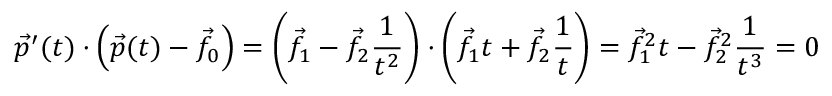
{ \vec { p } } ^ { \prime } ( t ) \cdot \left( { \vec { p } } ( t ) - { \vec { f } } _ { 0 } \right) = \left( { \vec { f } } _ { 1 } - { \vec { f } } _ { 2 } { \frac { 1 } { t ^ { 2 } } } \right) \cdot \left( { \vec { f } } _ { 1 } t + { \vec { f } } _ { 2 } { \frac { 1 } { t } } \right) = { \vec { f } } _ { 1 } ^ { 2 } t - { \vec { f } } _ { 2 } ^ { 2 } { \frac { 1 } { t ^ { 3 } } } = 0